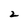
Character: 2